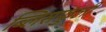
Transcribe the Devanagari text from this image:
ब्लिसफुली